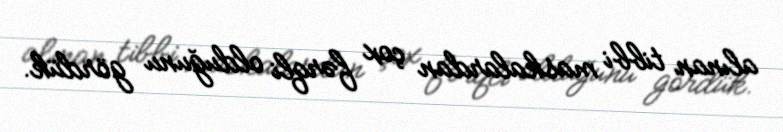
alınan tibbi maskalardan çox fərqli olduğunu gördük.